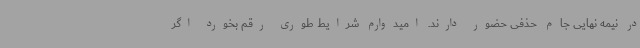
در نیمه نهایی جام حذفی حضور دارند. امیدوارم شرایط طوری رقم بخورد اگر